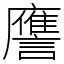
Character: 譍